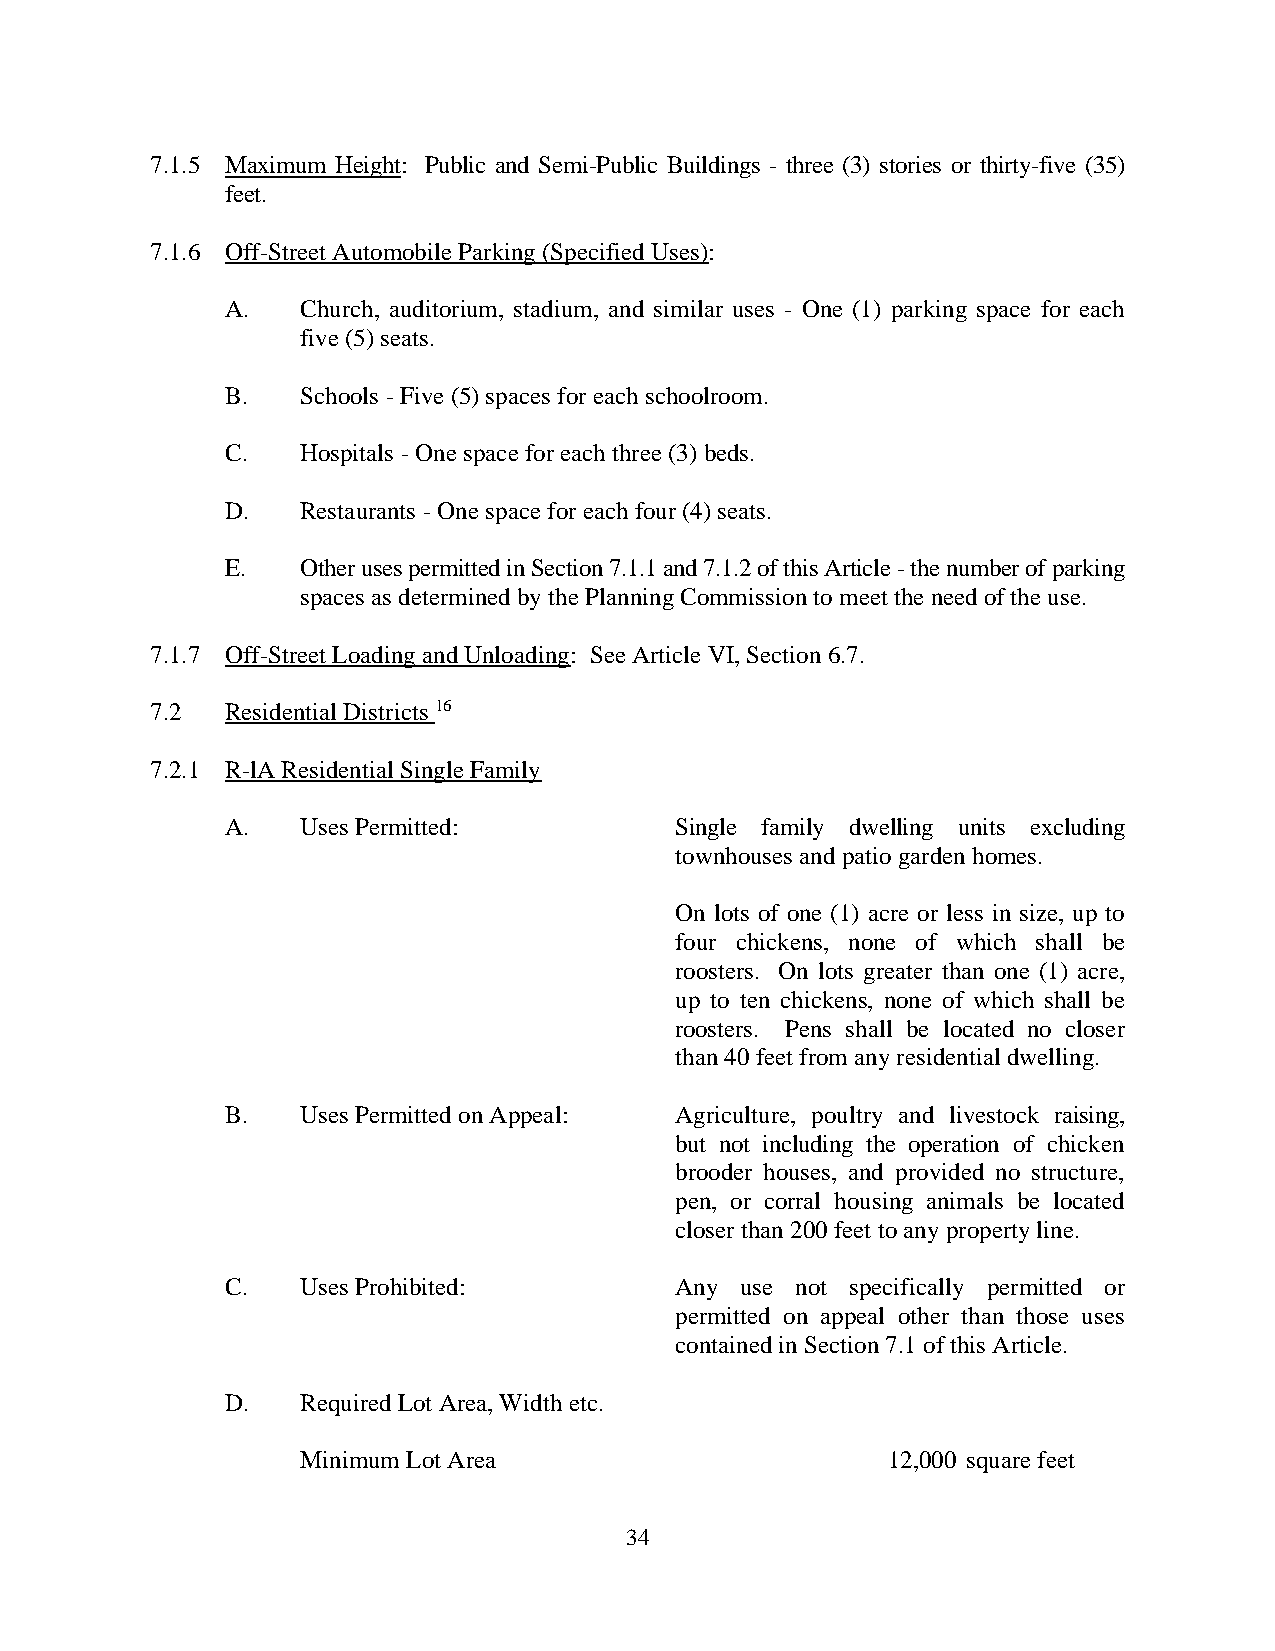
7.1.5 Maximum Height: Public and Semi-Public Buildings - three (3) stories or thirty-five (35)
 feet.
 7.1.6 Off-Street Automobile Parking (Specified Uses):
 A.   Church, auditorium, stadium, and similar uses - One (1) parking space for each
 five (5) seats.
 B.   Schools - Five (5) spaces for each schoolroom.
 C.   Hospitals - One space for each three (3) beds.
 D.   Restaurants - One space for each four (4) seats.
 E.   Other uses permitted in Section 7.1.1 and 7.1.2 of this Article - the number of parking
 spaces as determined by the Planning Commission to meet the need of the use.
 7.1.7 Off-Street Loading and Unloading: See Article VI, Section 6.7.
 7.2  Residential Districts 16
 7.2.1 R-lA Residential Single Family
 A.   Uses Permitted:          Single family dwelling units excluding
 townhouses and patio garden homes.
 On lots of one (1) acre or less in size, up to
 four chickens, none of which shall be
 roosters. On lots greater than one (1) acre,
 up to ten chickens, none of which shall be
 roosters. Pens shall be located no closer
 than 40 feet from any residential dwelling.
 B.   Uses Permitted on Appeal: Agriculture, poultry and livestock raising,
 but not including the operation of chicken
 brooder houses, and provided no structure,
 pen, or corral housing animals be located
 closer than 200 feet to any property line.
 C.   Uses Prohibited:         Any use not specifically permitted or
 permitted on appeal other than those uses
 contained in Section 7.1 of this Article.
 D.   Required Lot Area, Width etc.
 Minimum Lot Area                       12,000 square feet
 34